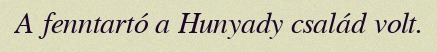
A fenntartó a Hunyady család volt.